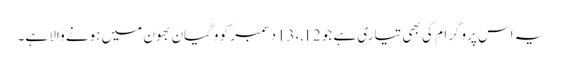
یہ اس پروگرام کی بھی تیاری ہے جو 12,،13دسمبر کو وگیان بھون میں ہونے والا ہے۔